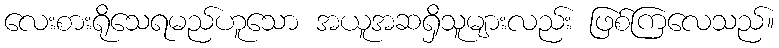
လေးစားရိုသေရမည်ဟူသော အယူအဆရှိသူများလည်း ဖြစ်ကြလေသည်။